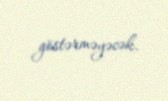
göstərməyəcək.